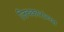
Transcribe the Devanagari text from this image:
जिचकारांच्या